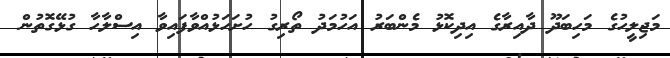
މަޖިލީހުގެ މަހިބަދޫ ދާއިރާގެ އިދިކޮޅު މެންބަރު އަހުމަދު ތޯރިގު ހުށަހަޅުއްވާފައިވާ އިސްލާހާ ގުޅޭގޮތުން